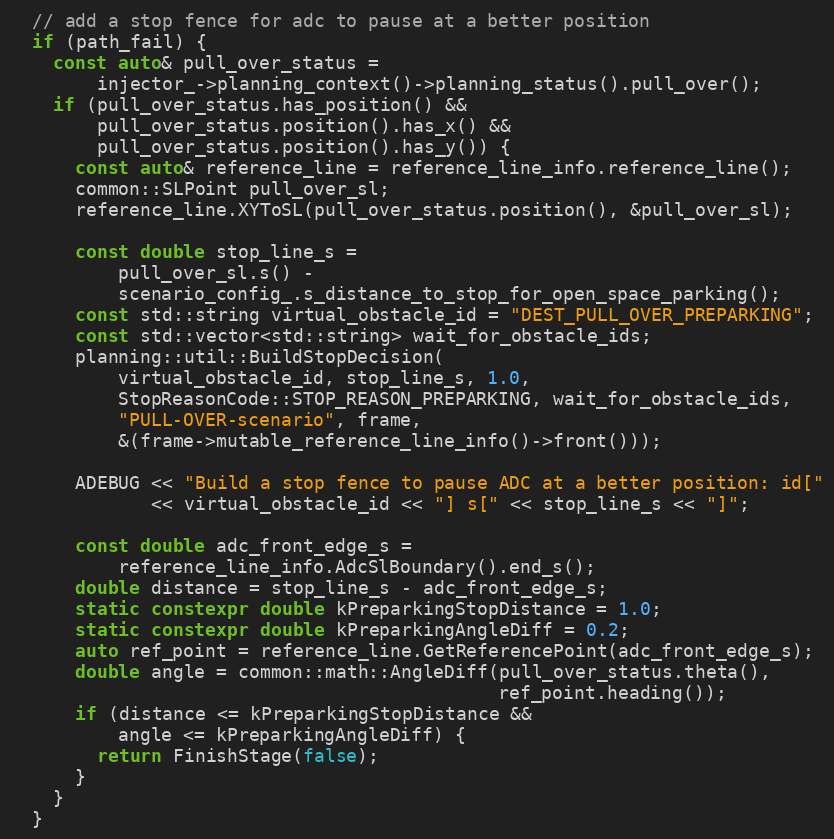
Language: C++
  // add a stop fence for adc to pause at a better position
  if (path_fail) {
    const auto& pull_over_status =
        injector_->planning_context()->planning_status().pull_over();
    if (pull_over_status.has_position() &&
        pull_over_status.position().has_x() &&
        pull_over_status.position().has_y()) {
      const auto& reference_line = reference_line_info.reference_line();
      common::SLPoint pull_over_sl;
      reference_line.XYToSL(pull_over_status.position(), &pull_over_sl);

      const double stop_line_s =
          pull_over_sl.s() -
          scenario_config_.s_distance_to_stop_for_open_space_parking();
      const std::string virtual_obstacle_id = "DEST_PULL_OVER_PREPARKING";
      const std::vector<std::string> wait_for_obstacle_ids;
      planning::util::BuildStopDecision(
          virtual_obstacle_id, stop_line_s, 1.0,
          StopReasonCode::STOP_REASON_PREPARKING, wait_for_obstacle_ids,
          "PULL-OVER-scenario", frame,
          &(frame->mutable_reference_line_info()->front()));

      ADEBUG << "Build a stop fence to pause ADC at a better position: id["
             << virtual_obstacle_id << "] s[" << stop_line_s << "]";

      const double adc_front_edge_s =
          reference_line_info.AdcSlBoundary().end_s();
      double distance = stop_line_s - adc_front_edge_s;
      static constexpr double kPreparkingStopDistance = 1.0;
      static constexpr double kPreparkingAngleDiff = 0.2;
      auto ref_point = reference_line.GetReferencePoint(adc_front_edge_s);
      double angle = common::math::AngleDiff(pull_over_status.theta(),
                                             ref_point.heading());
      if (distance <= kPreparkingStopDistance &&
          angle <= kPreparkingAngleDiff) {
        return FinishStage(false);
      }
    }
  }